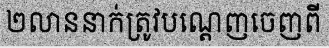
២លាននាក់ត្រូវបណ្តេញចេញពី